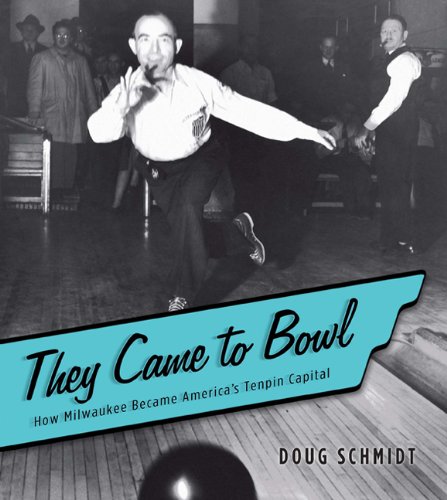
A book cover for They Came to Bowl: How Milwaukee Became America's Tenpin Capital; Doug Schmidt; Sports & Outdoors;